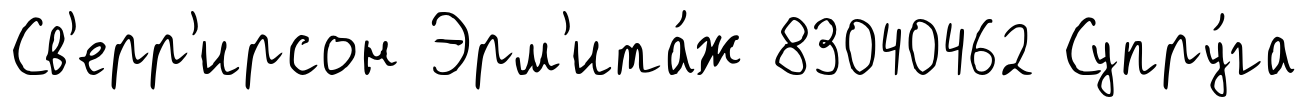
Св'ерр'ирсон Эрм'ита́ж 83040462 Супру́га